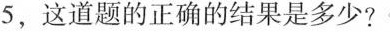
5，这道题的正确的结果是多少?